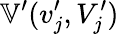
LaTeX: \mathbb{V}^{\prime}(v_{j}^{\prime},V_{j}^{\prime})